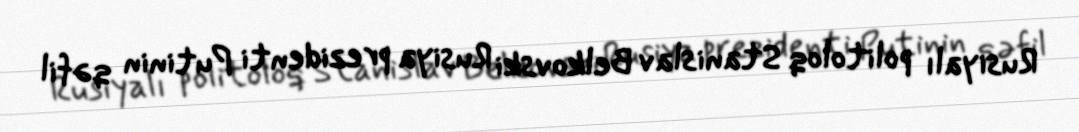
Rusiyalı politoloq Stanislav Belkovski Rusiya prezidenti Putinin qəfil